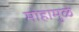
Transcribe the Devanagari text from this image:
मोहामुळे